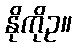
နိုကိုဥ။